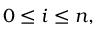
0 \leq i \leq n ,